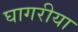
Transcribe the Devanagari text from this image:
घागरीया